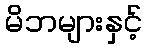
မိဘများနှင့်